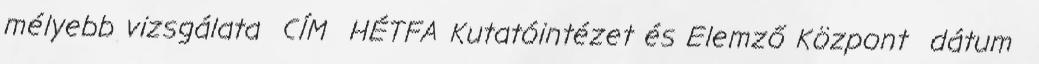
mélyebb vizsgálata CÍM HÉTFA Kutatóintézet és Elemző Központ dátum